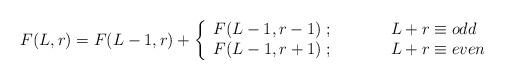
LaTeX: \begin{align*}F(L,r)=F(L-1,r)+ \left\{\begin{array}{cl}F(L-1,r-1)\;; & \;\;\;\;\;\;\;\;\;\;L+r\equiv odd \\F(L-1,r+1)\;; & \;\;\;\;\;\;\;\;\;\;L+r\equiv even \\\end{array}\right.\end{align*}